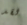
لقد